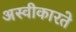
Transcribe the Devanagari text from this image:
अस्‍वीकारते